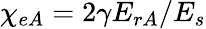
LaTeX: \chi_{eA}=2\gamma E_{rA}/E_{s}